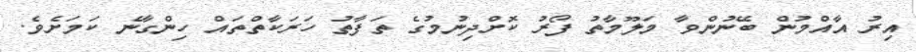
އިރު އާއްމުން ބޭނުންވާ މަލޫމާތު ފޯރު ކޮށްދިނުމުގެ ތަފާތު ހަރަކާތްތައް ހިންގާނެ ކަމަށެވެ.